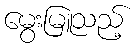
မွေးမြူသည့်